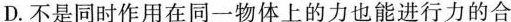
D.不是同时作用在同一物体上的力也能进行力的合